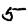
Digit: 5